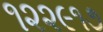
૧૨૨૯૧૭